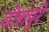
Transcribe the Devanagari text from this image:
ढोलपुरे